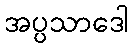
အပ္ပသာဒေါ